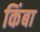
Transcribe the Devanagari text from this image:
किंबा